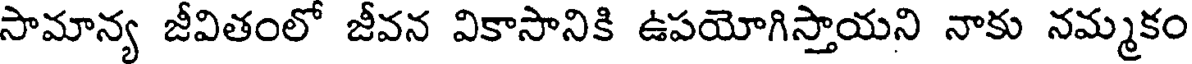
సామాన్య జీవితంలో జీవన వికాసానికి ఉపయోగిస్తాయని నాకు నమ్మకం